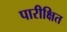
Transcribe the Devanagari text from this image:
पारीक्षित